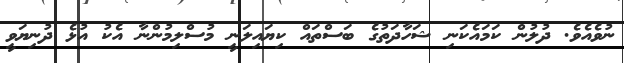
ނުވެއެވެ. ދުލުން ކަމައެކަނި ޝަހާދަތުގެ ބަސްތައް ކިޔައިލަނީ މުސްލިމުންނާ އެކު އުޅެ ދުނިޔަވީ